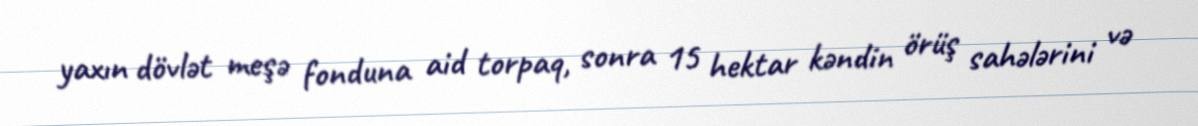
yaxın dövlət meşə fonduna aid torpaq, sonra 15 hektar kəndin örüş sahələrini və